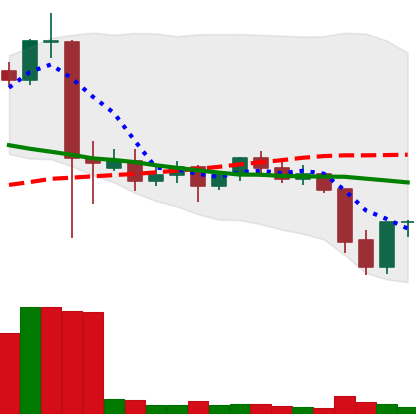
Ticker: ETC-USD
Chart end date: 2021-09-23
Forward return: -12.352%
Label: down_7plus